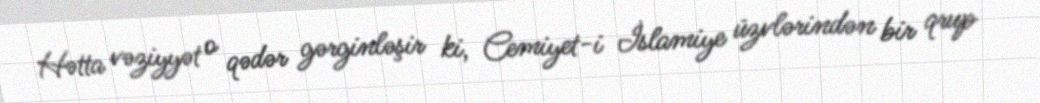
Hətta vəziyyət o qədər gərginləşir ki, Cemiyet-i İslamiye üzvlərindən bir qrup